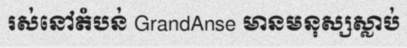
រស់នៅតំបន់ GrandAnse មានមនុស្សស្លាប់